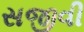
સજીવી